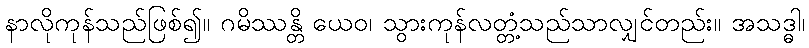
နာလိုကုန်သည်ဖြစ်၍။ ဂမိဿန္တိ ယေဝ၊ သွားကုန်လတ္တံ့သည်သာလျှင်တည်း။ အသဒ္ဓါ၊